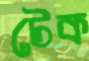
টেক